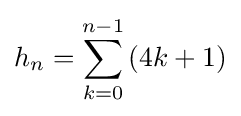
h_{n}=\sum _{k=0}^{n-1}{(4k+1)}